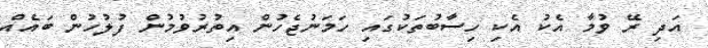
އަދި ރޭ ވުމާ އެކު އެކި ހިސާބުތަކުގައި ހަމަނުޖެހުން އިތުރުވުމުން ފުލުހުން ބައެއް